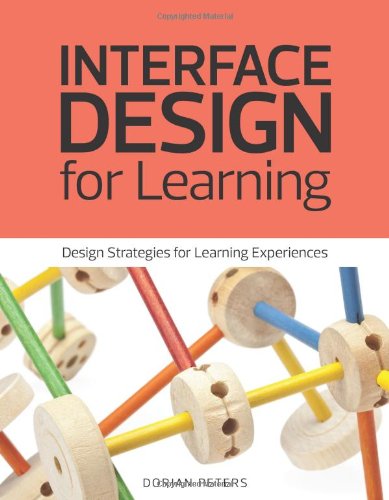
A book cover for Interface Design for Learning: Design Strategies for Learning Experiences (Voices That Matter); Dorian Peters; Education & Teaching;